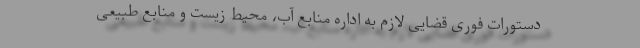
دستورات فوری قضایی لازم به اداره منابع آب، محیط زیست و منابع طبیعی